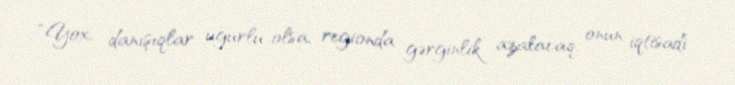
“Yox, danışıqlar uğurlu olsa, regionda gərginlik azalacaq, onun iqtisadi